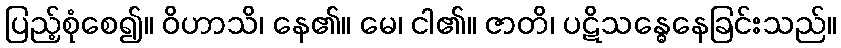
ပြည့်စုံစေ၍။ ဝိဟာသိ၊ နေ၏။ မေ၊ ငါ၏။ ဇာတိ၊ ပဋိသန္ဓေနေခြင်းသည်။